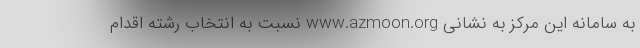
به سامانه این مرکز به نشانی www.azmoon.org نسبت به انتخاب رشته اقدام